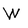
Character: W